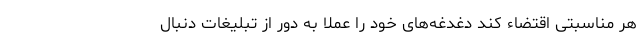
هر مناسبتی اقتضاء کند دغدغه‌های خود را عملا‌ً به دور از تبلیغات دنبال